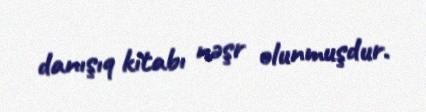
danışıq kitabı nəşr olunmuşdur.